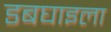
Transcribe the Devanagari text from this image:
डबघाइला